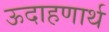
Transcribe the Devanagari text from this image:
ऊदाहणार्थ